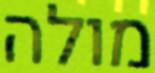
מולה